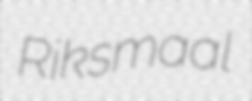
Riksmaal